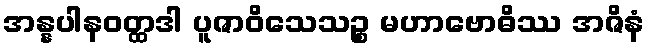
အန္နပါနဝတ္ထဒါ ပူဇာဝိသေသဉ္စ မဟာဗောဓိဿ အဇိနံ